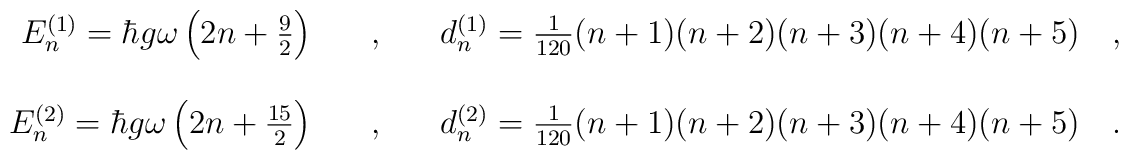
\begin{array}{r c l}E^{(1)}_n=\hbar g\omega\left(2n+\frac{9}{2}\right)\ \ \ &,&\ \ \ d^{(1)}_n=\frac{1}{120}(n+1)(n+2)(n+3)(n+4)(n+5)\ \ \ ,\\ \\E^{(2)}_n=\hbar g\omega\left(2n+\frac{15}{2}\right)\ \ \ &,&\ \ \ d^{(2)}_n=\frac{1}{120}(n+1)(n+2)(n+3)(n+4)(n+5)\ \ \ .\end{array}